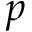
p